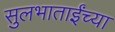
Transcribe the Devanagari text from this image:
सुलभाताईंच्या